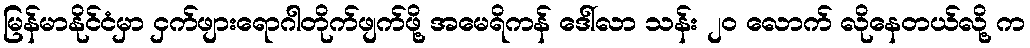
မြန်မာနိုင်ငံမှာ ငှက်ဖျားရောဂါတိုက်ဖျက်ဖို့ အမေရိကန် ဒေါ်လာ သန်း ၂၀ လောက် လိုနေတယ်လို့ က